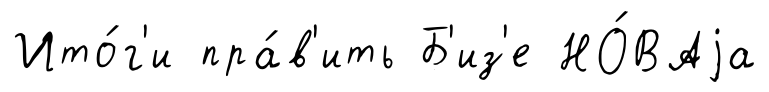
Ито́г'и пра́в'ить Б'из'е НО́ВАjа